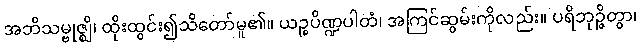
အဘိသမ္ဗုဇ္ဈိ၊ ထိုးထွင်း၍သိတော်မူ၏။ ယဉ္စပိဏ္ဍပါတံ၊ အကြင်ဆွမ်းကိုလည်း။ ပရိဘုဉ္ဇိတွာ၊